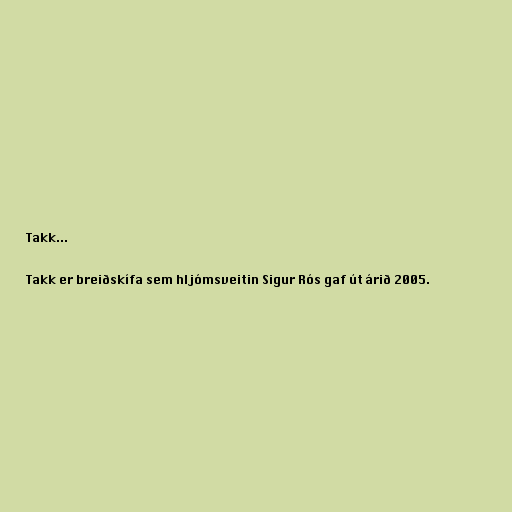
Takk...

Takk er breiðskífa sem hljómsveitin Sigur Rós gaf út árið 2005.